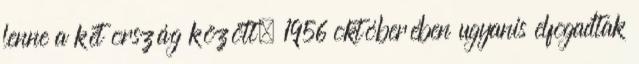
lenne a két ország között. 1956 októberében ugyanis elfogadtak